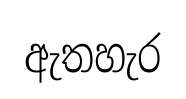
ඇතහැර